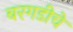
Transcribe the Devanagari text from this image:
बरगडीचे